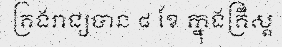
គ្រងរាជ្យបាន ៨ ខែ ក្នុងគ្រឹស្ត